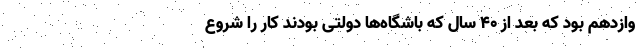
وازدهم بود که بعد از ۴۰ سال که باشگاه‌ها دولتی بودند کار را شروع